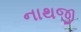
નાથજી